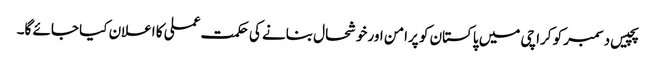
پچیس دسمبر کو کراچی میں پاکستان کو پرامن اور خوشحال بنانے کی حکمت عملی کا اعلان کیا جائے گا۔